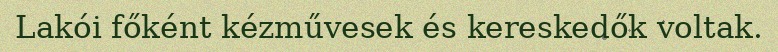
Lakói főként kézművesek és kereskedők voltak.